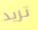
تريد